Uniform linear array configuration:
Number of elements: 4
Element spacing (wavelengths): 0.5
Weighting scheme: exponential
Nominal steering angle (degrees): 45
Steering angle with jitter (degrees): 44.386
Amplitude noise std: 0.05
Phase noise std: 0.05

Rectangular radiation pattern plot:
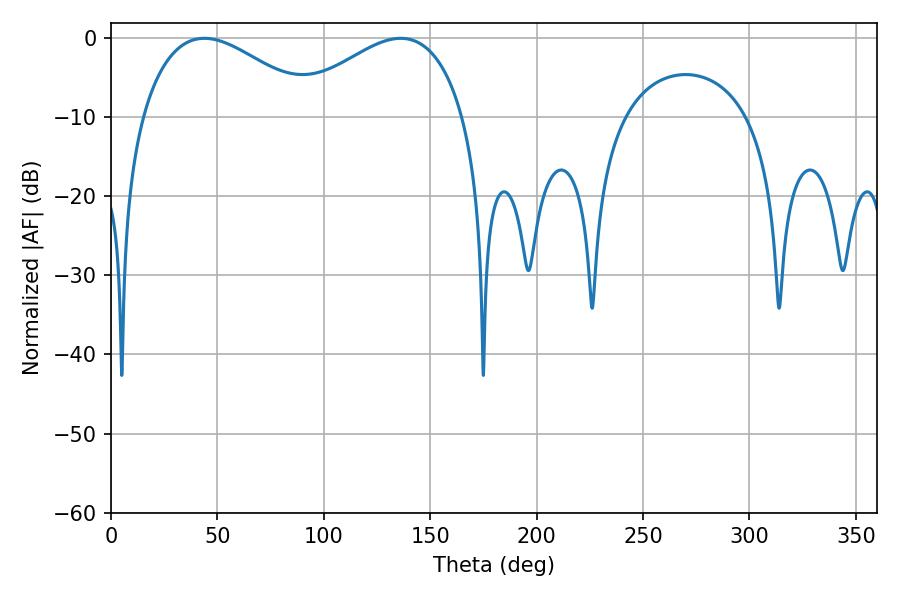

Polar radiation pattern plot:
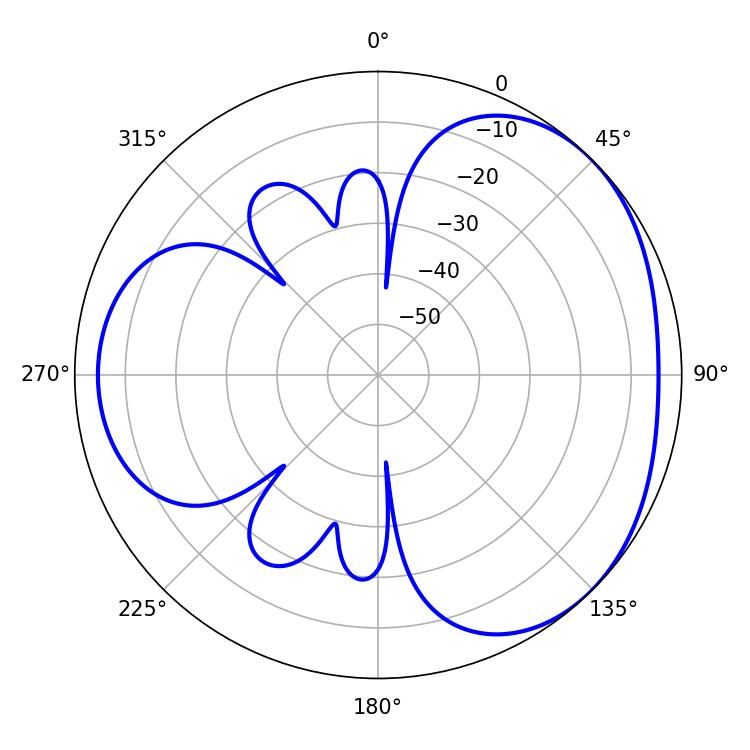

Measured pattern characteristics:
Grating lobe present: FALSE
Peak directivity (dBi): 3.268
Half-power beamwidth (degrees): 45
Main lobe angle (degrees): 136.08